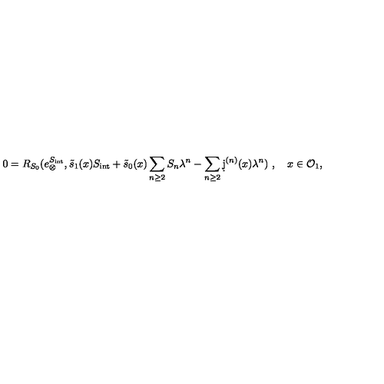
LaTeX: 0 = R _ { S _ { 0 } } ( e _ { \otimes } ^ { S _ { \mathrm { i n t } } } , \tilde { s } _ { 1 } ( x ) S _ { \mathrm { i n t } } + \tilde { s } _ { 0 } ( x ) \sum _ { n \ge 2 } S _ { n } \lambda ^ { n } - \sum _ { n \ge 2 } \d j ^ { ( n ) } ( x ) \lambda ^ { n } ) \ , \quad x \in \mathcal { O } _ { 1 } ,